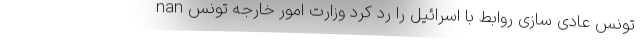
nan تونس عادی سازی روابط با اسرائیل را رد کرد وزارت امور خارجه تونس